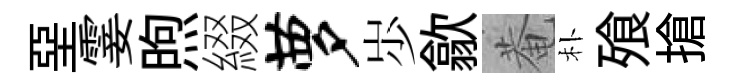
堊霎煦綴萝𡵯歙菴朴飱搶